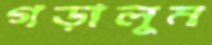
গড়ালুম